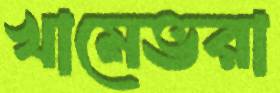
খামেভরা